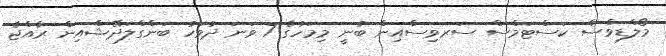
މޯލްޑިވްސް ކަސްޓަމްސް ސަރވިސްއިން ބުނީ މިމަހުގެ 7 ވަނަ ދުވަހު ބަންގްލަދޭޝްއިން ރާއްޖެ